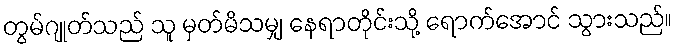
တွမ်ဂျုတ်သည် သူ မှတ်မိသမျှ နေရာတိုင်းသို့ ရောက်အောင် သွားသည်။